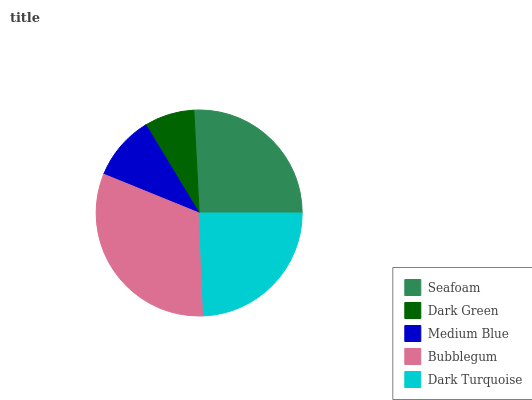
| Seafoam | Dark Green | Medium Blue | Bubblegum | Dark Turquoise |
 | --- | --- | --- | --- | --- |
 | 25.8% | 7.85% | 10.2% | 31.8% | 24.3% |